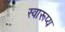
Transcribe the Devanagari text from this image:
स्वारूप्य